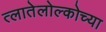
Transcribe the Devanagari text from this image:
त्लातेलोल्कोच्या